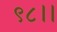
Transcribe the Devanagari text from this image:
९८।।